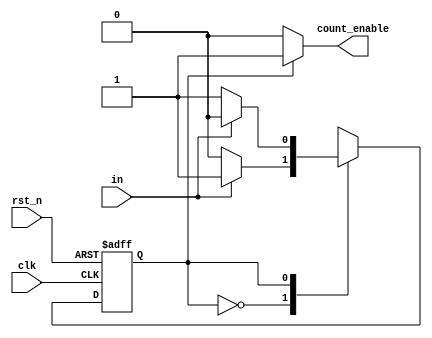
`timescale 1ns / 1ps
//////////////////////////////////////////////////////////////////////////////////
// Company: 
// Engineer: 
// 
// Design Name: 
// Module Name: fsm
// Project Name: 
// Target Devices: 
// Tool Versions: 
// Description: 
// 
// Dependencies: 
// 
// Revision:
// Revision 0.01 - File Created
// Additional Comments:
// 
//////////////////////////////////////////////////////////////////////////////////


module fsm(
    count_enable,   //count or not
    in,     //press or not
    clk,    //global clock
    rst_n   //negative edge reset
);

output count_enable;
input clk;
input rst_n;
input in;
reg count_enable;
reg state;
reg next_state;

//FSM state decision
always @*
    case (state)
        1'b0:
        if (in)
        begin
            next_state = 1'b1;
//           count_enable = 1'b1;
        end
        else
        begin
            next_state = 1'b0;
//           count_enable = 1'b0;
        end
        1'b1:
        if (in)
        begin
            next_state = 1'b0;
//           count_enable = 1'b0;
        end
        else
        begin
            next_state = 1'b1;
//           count_enable = 1'b1;
        end
        default:    //only for format of case
        begin
            next_state = 1'b0;
//            count_enable = 1'b0;
        end
    endcase

always @*
    if (state == 0)
        count_enable = 1'b0;
    else
        count_enable = 1'b1;

//FSM state transition
always @(posedge clk or negedge rst_n)
    if (~rst_n)
        state <= 1'b0;
    else
        state <= next_state;

endmodule